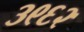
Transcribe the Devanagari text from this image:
३९६२